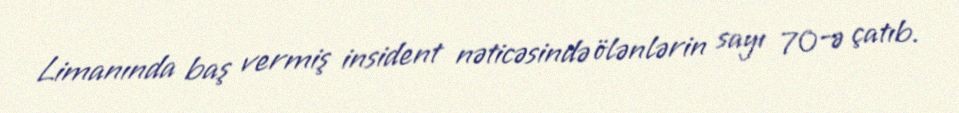
Limanında baş vermiş insident nəticəsində ölənlərin sayı 70-ə çatıb.